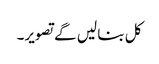
کل بنا لیں گے تصویر۔